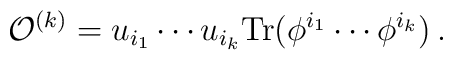
{\cal O}^{(k)} = u_{i_1} \cdots u_{i_k} \mbox{Tr}(\phi^{i_1} \cdots \phi^{i_k}) \, .